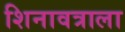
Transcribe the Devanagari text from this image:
शिनावत्राला